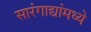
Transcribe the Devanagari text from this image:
सारंगाद्यांमध्ये